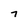
Character: 7